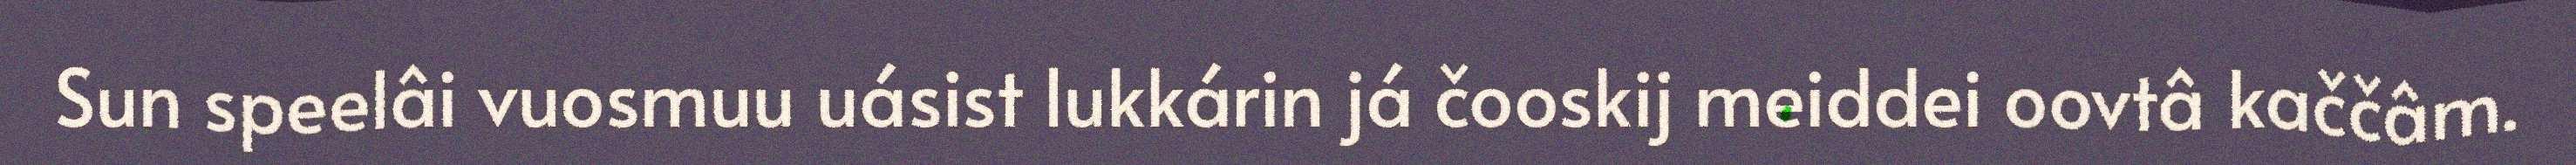
Sun speelâi vuosmuu uásist lukkárin já čooskij meiddei oovtâ kaččâm.